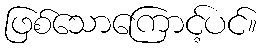
ဖြစ်သောကြောင့်ပင်။